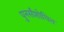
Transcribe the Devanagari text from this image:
पुनर्संशोधित